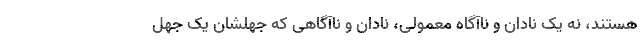
هستند، نه یک نادان و ناآگاه معمولی، نادان و ناآگاهی که جهلشان یک جهل